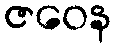
ဇဝေန